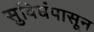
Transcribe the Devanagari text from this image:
सुविधंपासून